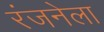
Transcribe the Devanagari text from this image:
रंजनेला